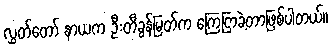
လွှတ်တော် နာယက ဦးတီခွန်မြတ်က ကြေငြာခဲ့တာဖြစ်ပါတယ်။